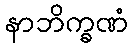
နာဘိက္ခဏံ